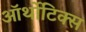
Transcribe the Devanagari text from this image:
ऑर्थोटिक्स